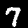
Label: 7